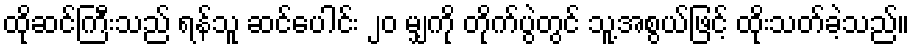
ထိုဆင်ကြီးသည် ရန်သူ ဆင်ပေါင်း ၂၀ မျှကို တိုက်ပွဲတွင် သူ့အစွယ်ဖြင့် ထိုးသတ်ခဲ့သည်။